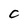
Character: C